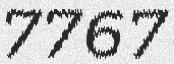
7767